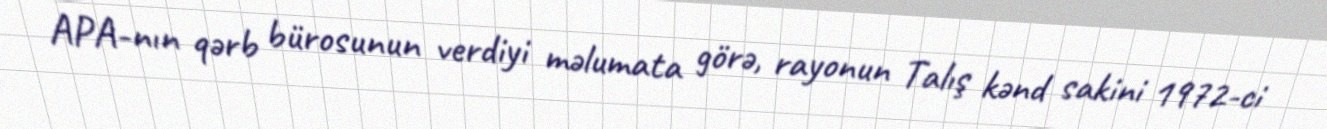
APA-nın qərb bürosunun verdiyi məlumata görə, rayonun Talış kənd sakini 1972-ci